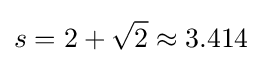
s=2+{\sqrt {2}}\approx 3.414